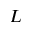
L